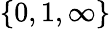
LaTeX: \{ 0,1,\infty\}